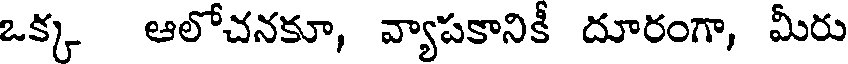
ఒక్క ఆలోచనకూ, వ్యాపకానికీ దూరంగా, మీరు